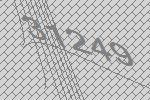
31249